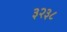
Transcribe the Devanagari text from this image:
३२३८